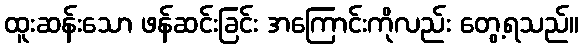
ထူးဆန်းသော ဖန်ဆင်းခြင်း အကြောင်းကိုလည်း တွေ့ရသည်။